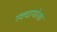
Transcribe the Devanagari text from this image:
स्क्वामोसा